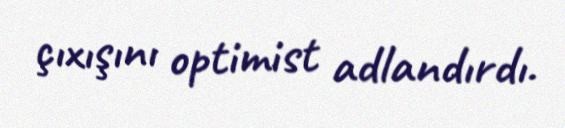
çıxışını optimist adlandırdı.